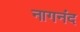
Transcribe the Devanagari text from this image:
नागनंद